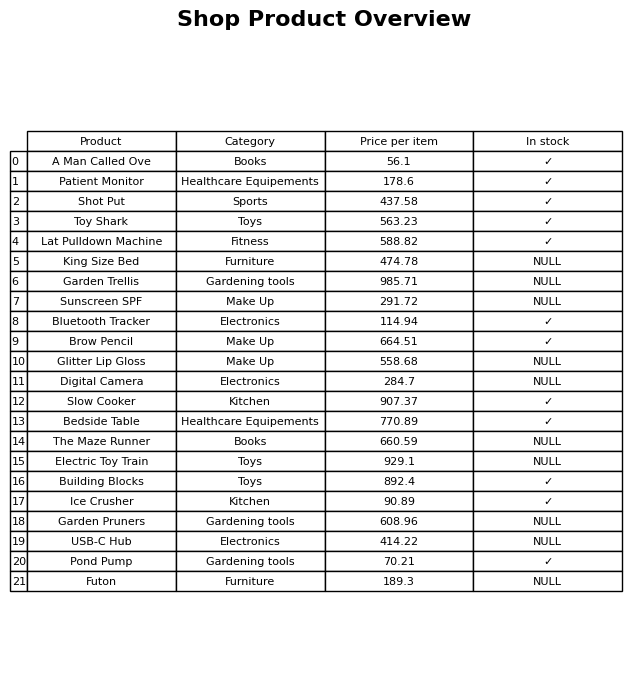
question: What is the price of the Glitter Lip Gloss?
answer: The price of Glitter Lip Gloss is 558.68.